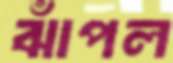
ঝাঁপল